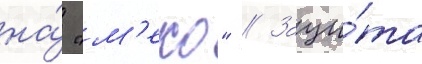
на́ "м'еко" // Защи́та